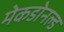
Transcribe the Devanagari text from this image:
मेकडोनल्ड